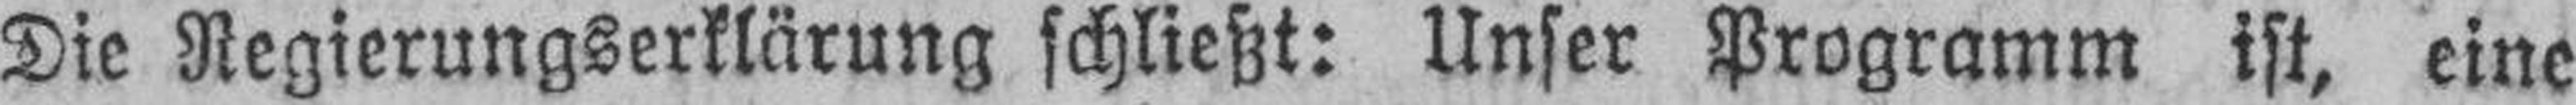
Die Regierungserklärung schließt: Unser Programm ist, eine